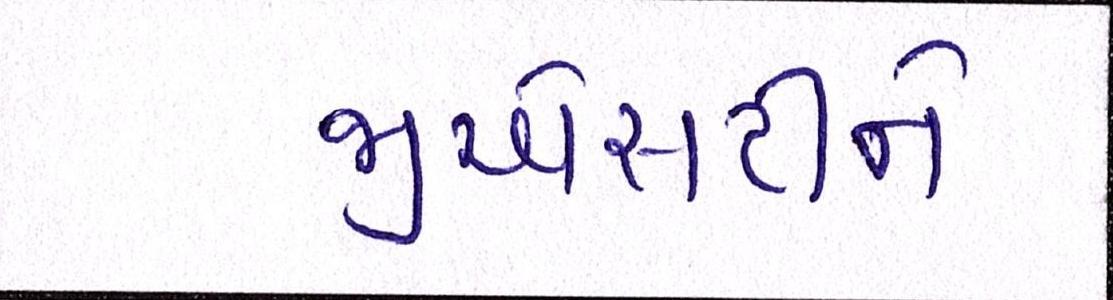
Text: જીએસટીને